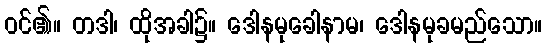
ဝင်၏။ တဒါ၊ ထိုအခါ၌။ ဒေါနမုခေါနာမ၊ ဒေါနမုခမည်သော။